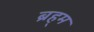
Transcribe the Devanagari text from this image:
ब्रह्‌म